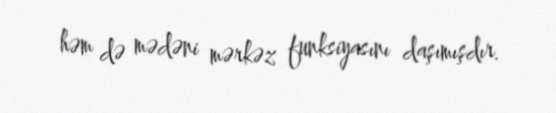
həm də mədəni mərkəz funksiyasını daşımışdır.